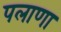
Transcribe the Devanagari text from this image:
पलाणा